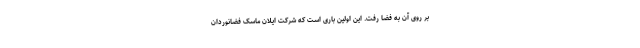
بر روی آن به فضا رفت. این اولین باری است که شرکت ایلان‌ ماسک فضانوردان